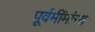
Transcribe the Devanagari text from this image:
पूर्वमींमांसा